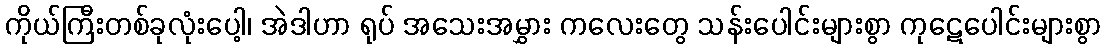
ကိုယ်ကြီးတစ်ခုလုံးပေါ့၊ အဲဒါဟာ ရုပ် အသေးအမွှား ကလေးတွေ သန်းပေါင်းများစွာ ကုဋေပေါင်းများစွာ